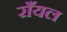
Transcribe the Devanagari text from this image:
राँयल